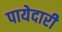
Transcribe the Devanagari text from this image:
पायेदारी